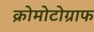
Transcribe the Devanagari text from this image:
क्रोमोटोग्राफ